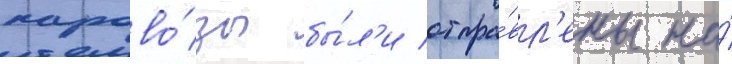
парово́зы бы́л'и отпра́вл'ены на́